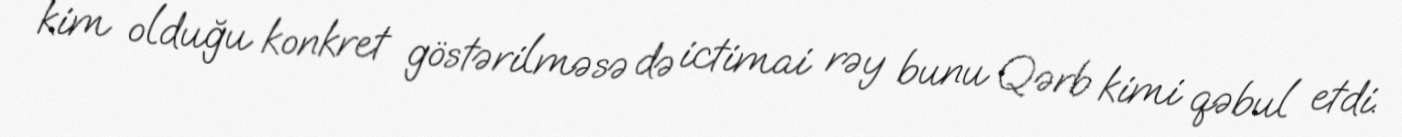
kim olduğu konkret göstərilməsə də ictimai rəy bunu Qərb kimi qəbul etdi.